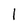
Character: 1